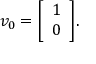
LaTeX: v _ { 0 } = { \left[ \begin{array} { l } { 1 } \\ { 0 } \end{array} \right] } .